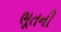
ભૂતની